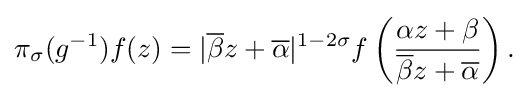
\displaystyle {\pi _{\sigma }(g^{-1})f(z)=|{\overline {\beta }}z+{\overline {\alpha }}|^{1-2\sigma }f\left({\alpha z+\beta  \over {\overline {\beta }}z+{\overline {\alpha }}}\right).}